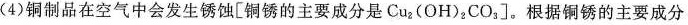
(4)铜制品在空气中会发生锈蚀[铜锈的主要成分是Cu_{2}(OH)_{2}CO_{3}]。根据铜锈的主要成分